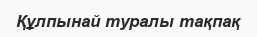
Құлпынай туралы тақпақ